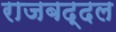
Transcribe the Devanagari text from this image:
राजबद्दल